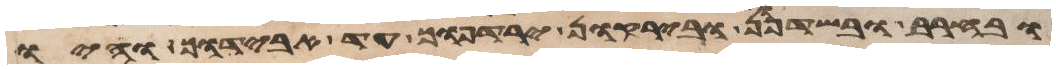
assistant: ובחרב ובשדפון ובירקון ירדפוך עד אבידוך והיו